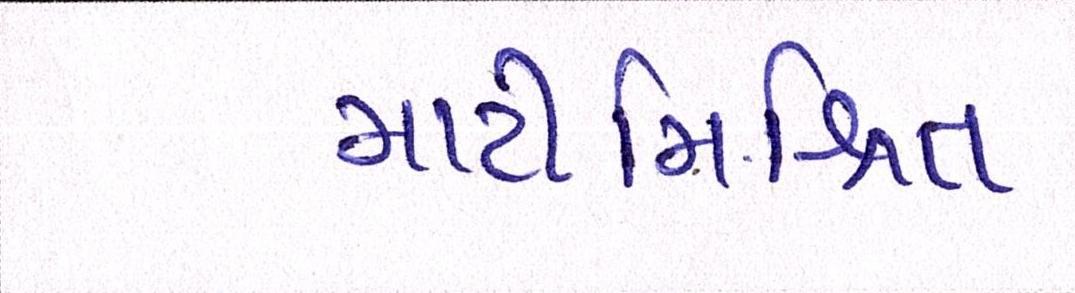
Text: માટીમિશ્રિત